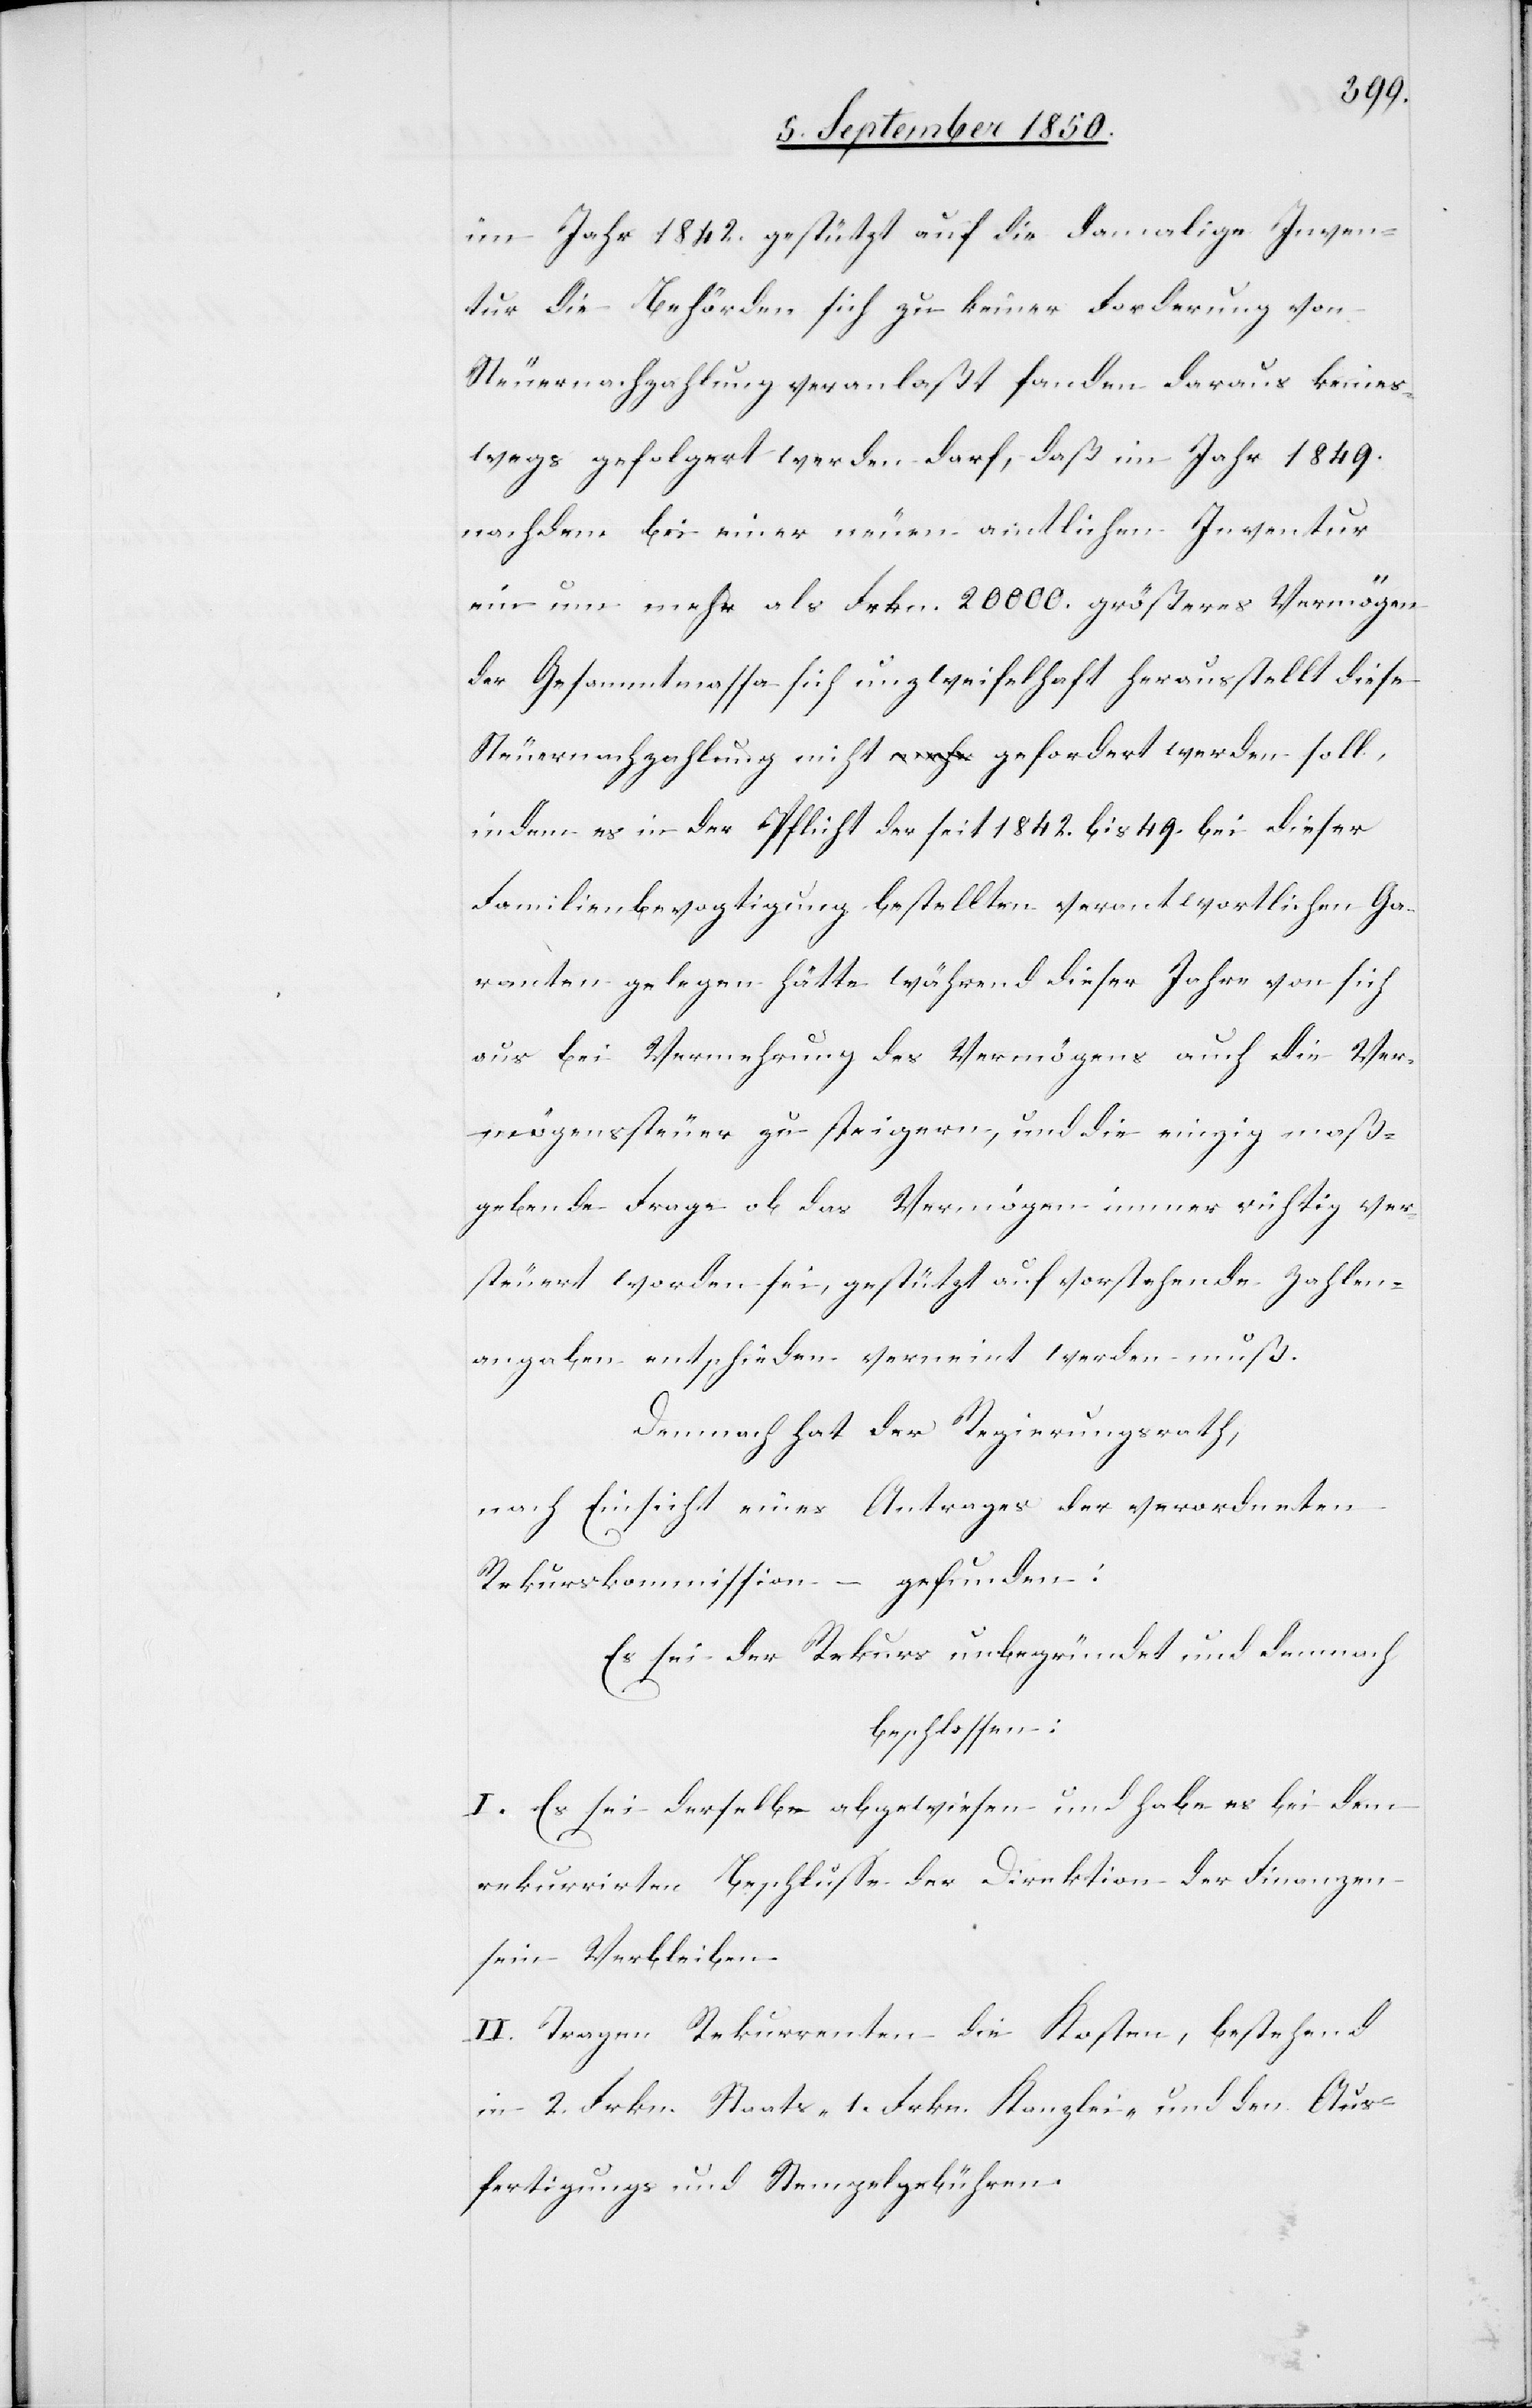
im Jahr 1842. gestützt auf die damalige Inven¬
tur die Behörden sich zu keiner Forderung von
Steuernachzahlung veranlaßt fanden daraus keines¬
wegs gefolgert werden darf, daß im Jahr 1849.
nachdem bei einer neuen amtlichen Inventur
ein um mehr als Frkn. 20 000. größeres Vermögen
der Gesammtmassa sich unzweifelhaft herausstellt diese
Steuernachzahlung nicht gefordert werden soll,
indem es in der Pflicht der seit 1842. bis 49. bei dieser
Familienbevogtigung bestellten verantwortlichen Ga¬
ranten gelegen hätte während dieser Jahre von sich
aus bei Vermehrung des Vermögens auch die Ver¬
mögenssteuer zu steigern, und die einzig maß¬
gebende Frage ob das Vermögen immer richtig ver¬
steuert worden sei, gestützt auf vorstehende Zahlen¬
angeben entschieden verneint werden muß.
Demnach hat der Regierungsrath,
nach Einsicht eines Antrages der verordneten
Rekurskommission – gefunden:
Es sei der Rekurs unbegründet und demnach
beschlossen:
I. Es sei derselbe abgewiesen und habe es bei dem
rekurrirten Beschlusse der Direktion der Finanzen
sein Verbleiben.
II. Tragen Rekurrenten die Kosten, bestehend
in 2. Frkn. Staats-[,] 1. Frkn. Kanzlei- und den Aus¬
fertigungs[-] und Stempelgebühren.